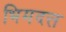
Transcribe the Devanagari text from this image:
भिमदत्त